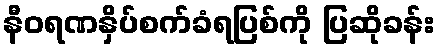
နီဝရဏနှိပ်စက်ခံရပြစ်ကို ပြဆိုခန်း